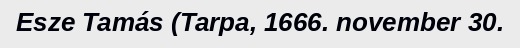
Esze Tamás (Tarpa, 1666. november 30.